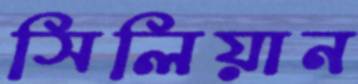
সিলিয়ান